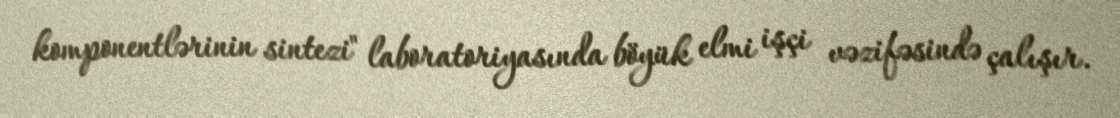
komponentlərinin sintezi" laboratoriyasında böyük elmi işçi vəzifəsində çalışır.